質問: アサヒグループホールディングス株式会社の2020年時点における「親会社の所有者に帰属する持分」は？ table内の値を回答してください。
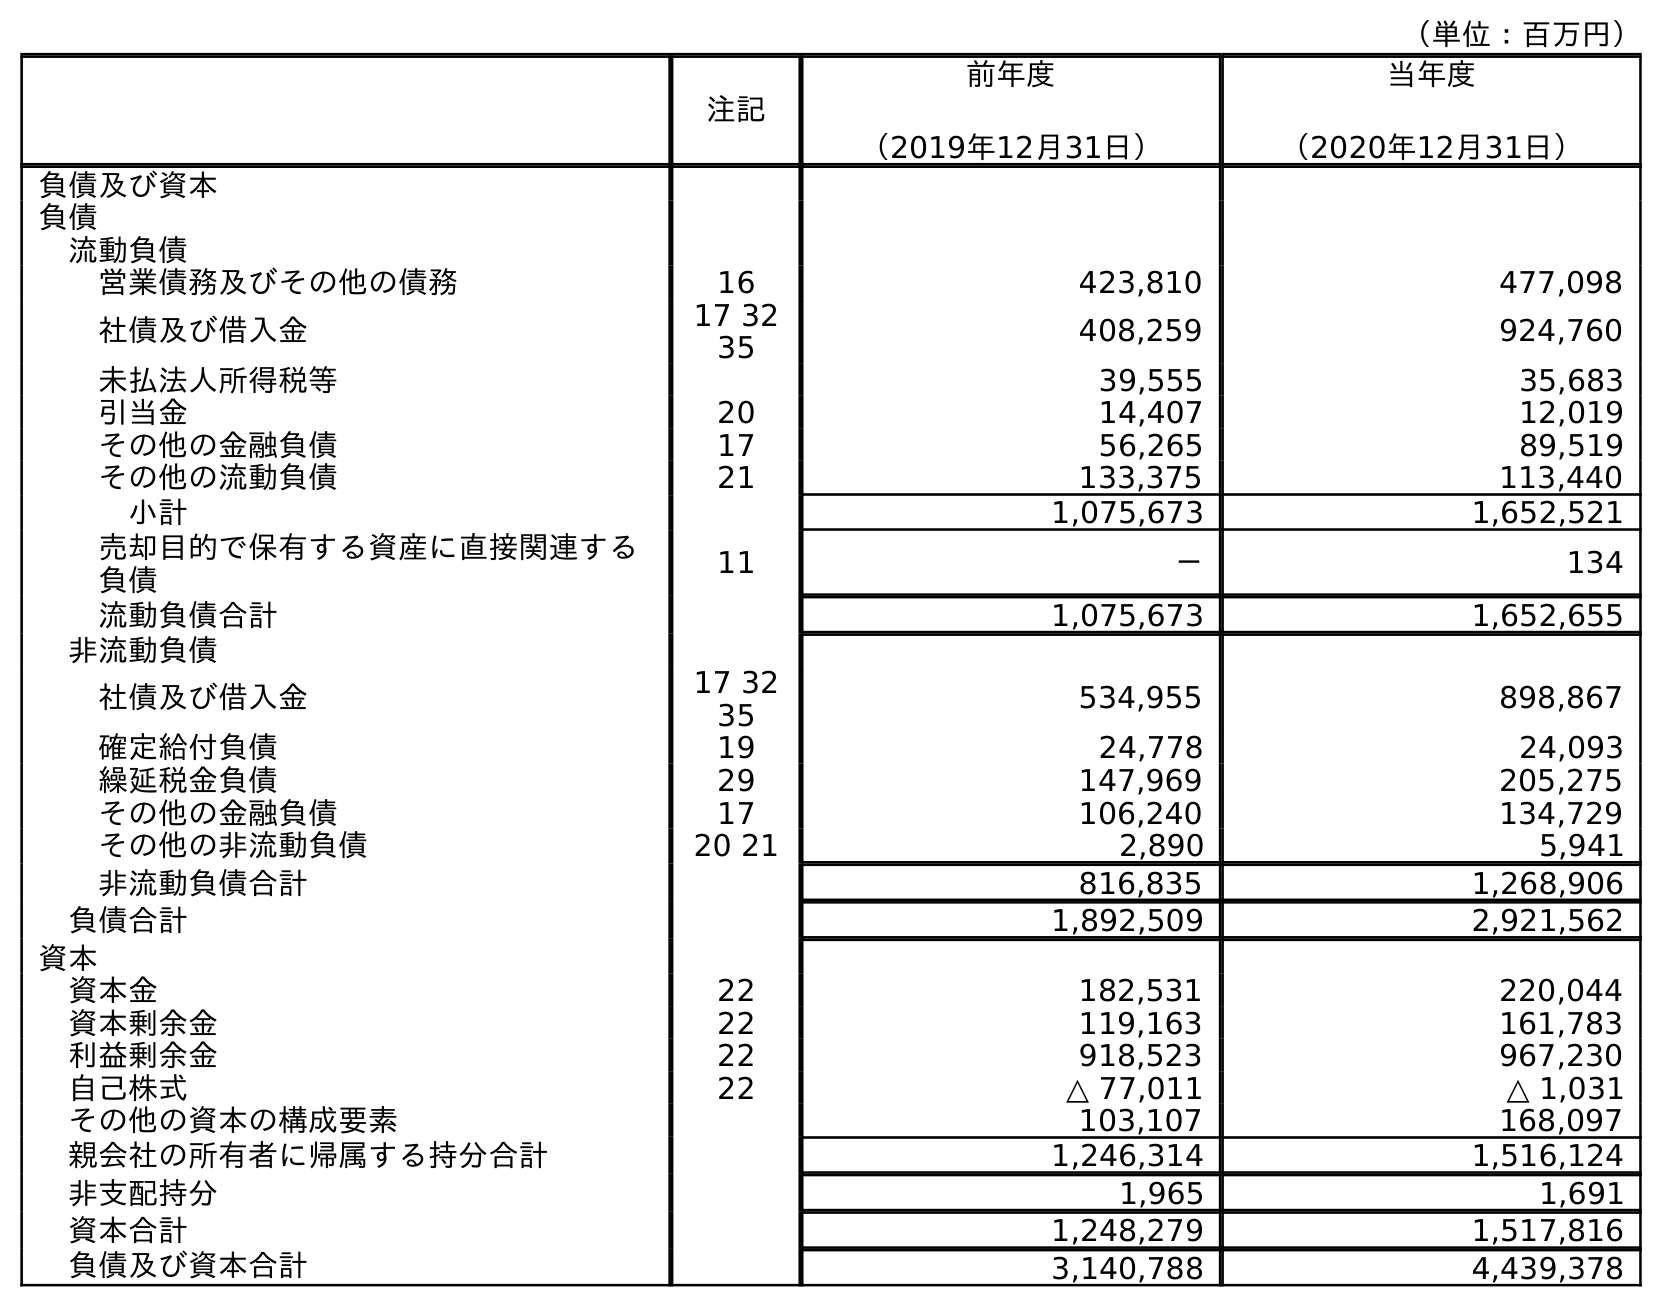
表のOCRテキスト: （単位：百万円） 注記 前年度 （2019年12月31日） 当年度 （2020年12月31日） 負債及び資本 負債 流動負債 営業債務及びその他の債務 16 423,810 477,098 社債及び借入金 17 32 35 408,259 924,760 未払法人所得税等 39,555 35,683 引当金 20 14,407 12,019 その他の金融負債 17 56,265 89,519 その他の流動負債 21 133,375 113,440 小計 1,075,673 1,652,521 売却目的で保有する資産に直接関連する 負債 11 － 134 流動負債合計 1,075,673 1,652,655 非流動負債 社債及び借入金 17 32 35 534,955 898,867 確定給付負債 19 24,778 24,093 繰延税金負債 29 147,969 205,275 その他の金融負債 17 106,240 134,729 その他の非流動負債 20 21 2,890 5,941 非流動負債合計 816,835 1,268,906 負債合計 1,892,509 2,921,562 資本 資本金 22 182,531 220,044 資本剰余金 22 119,163 161,783 利益剰余金 22 918,523 967,230 自己株式 22 △ 77,011 △ 1,031 その他の資本の構成要素 103,107 168,097 親会社の所有者に帰属する持分合計 1,246,314 1,516,124 非支配持分 1,965 1,691 資本合計 1,248,279 1,517,816 負債及び資本合計 3,140,788 4,439,378
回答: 1,516,124